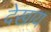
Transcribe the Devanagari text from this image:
देखाय